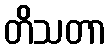
တိသတာ